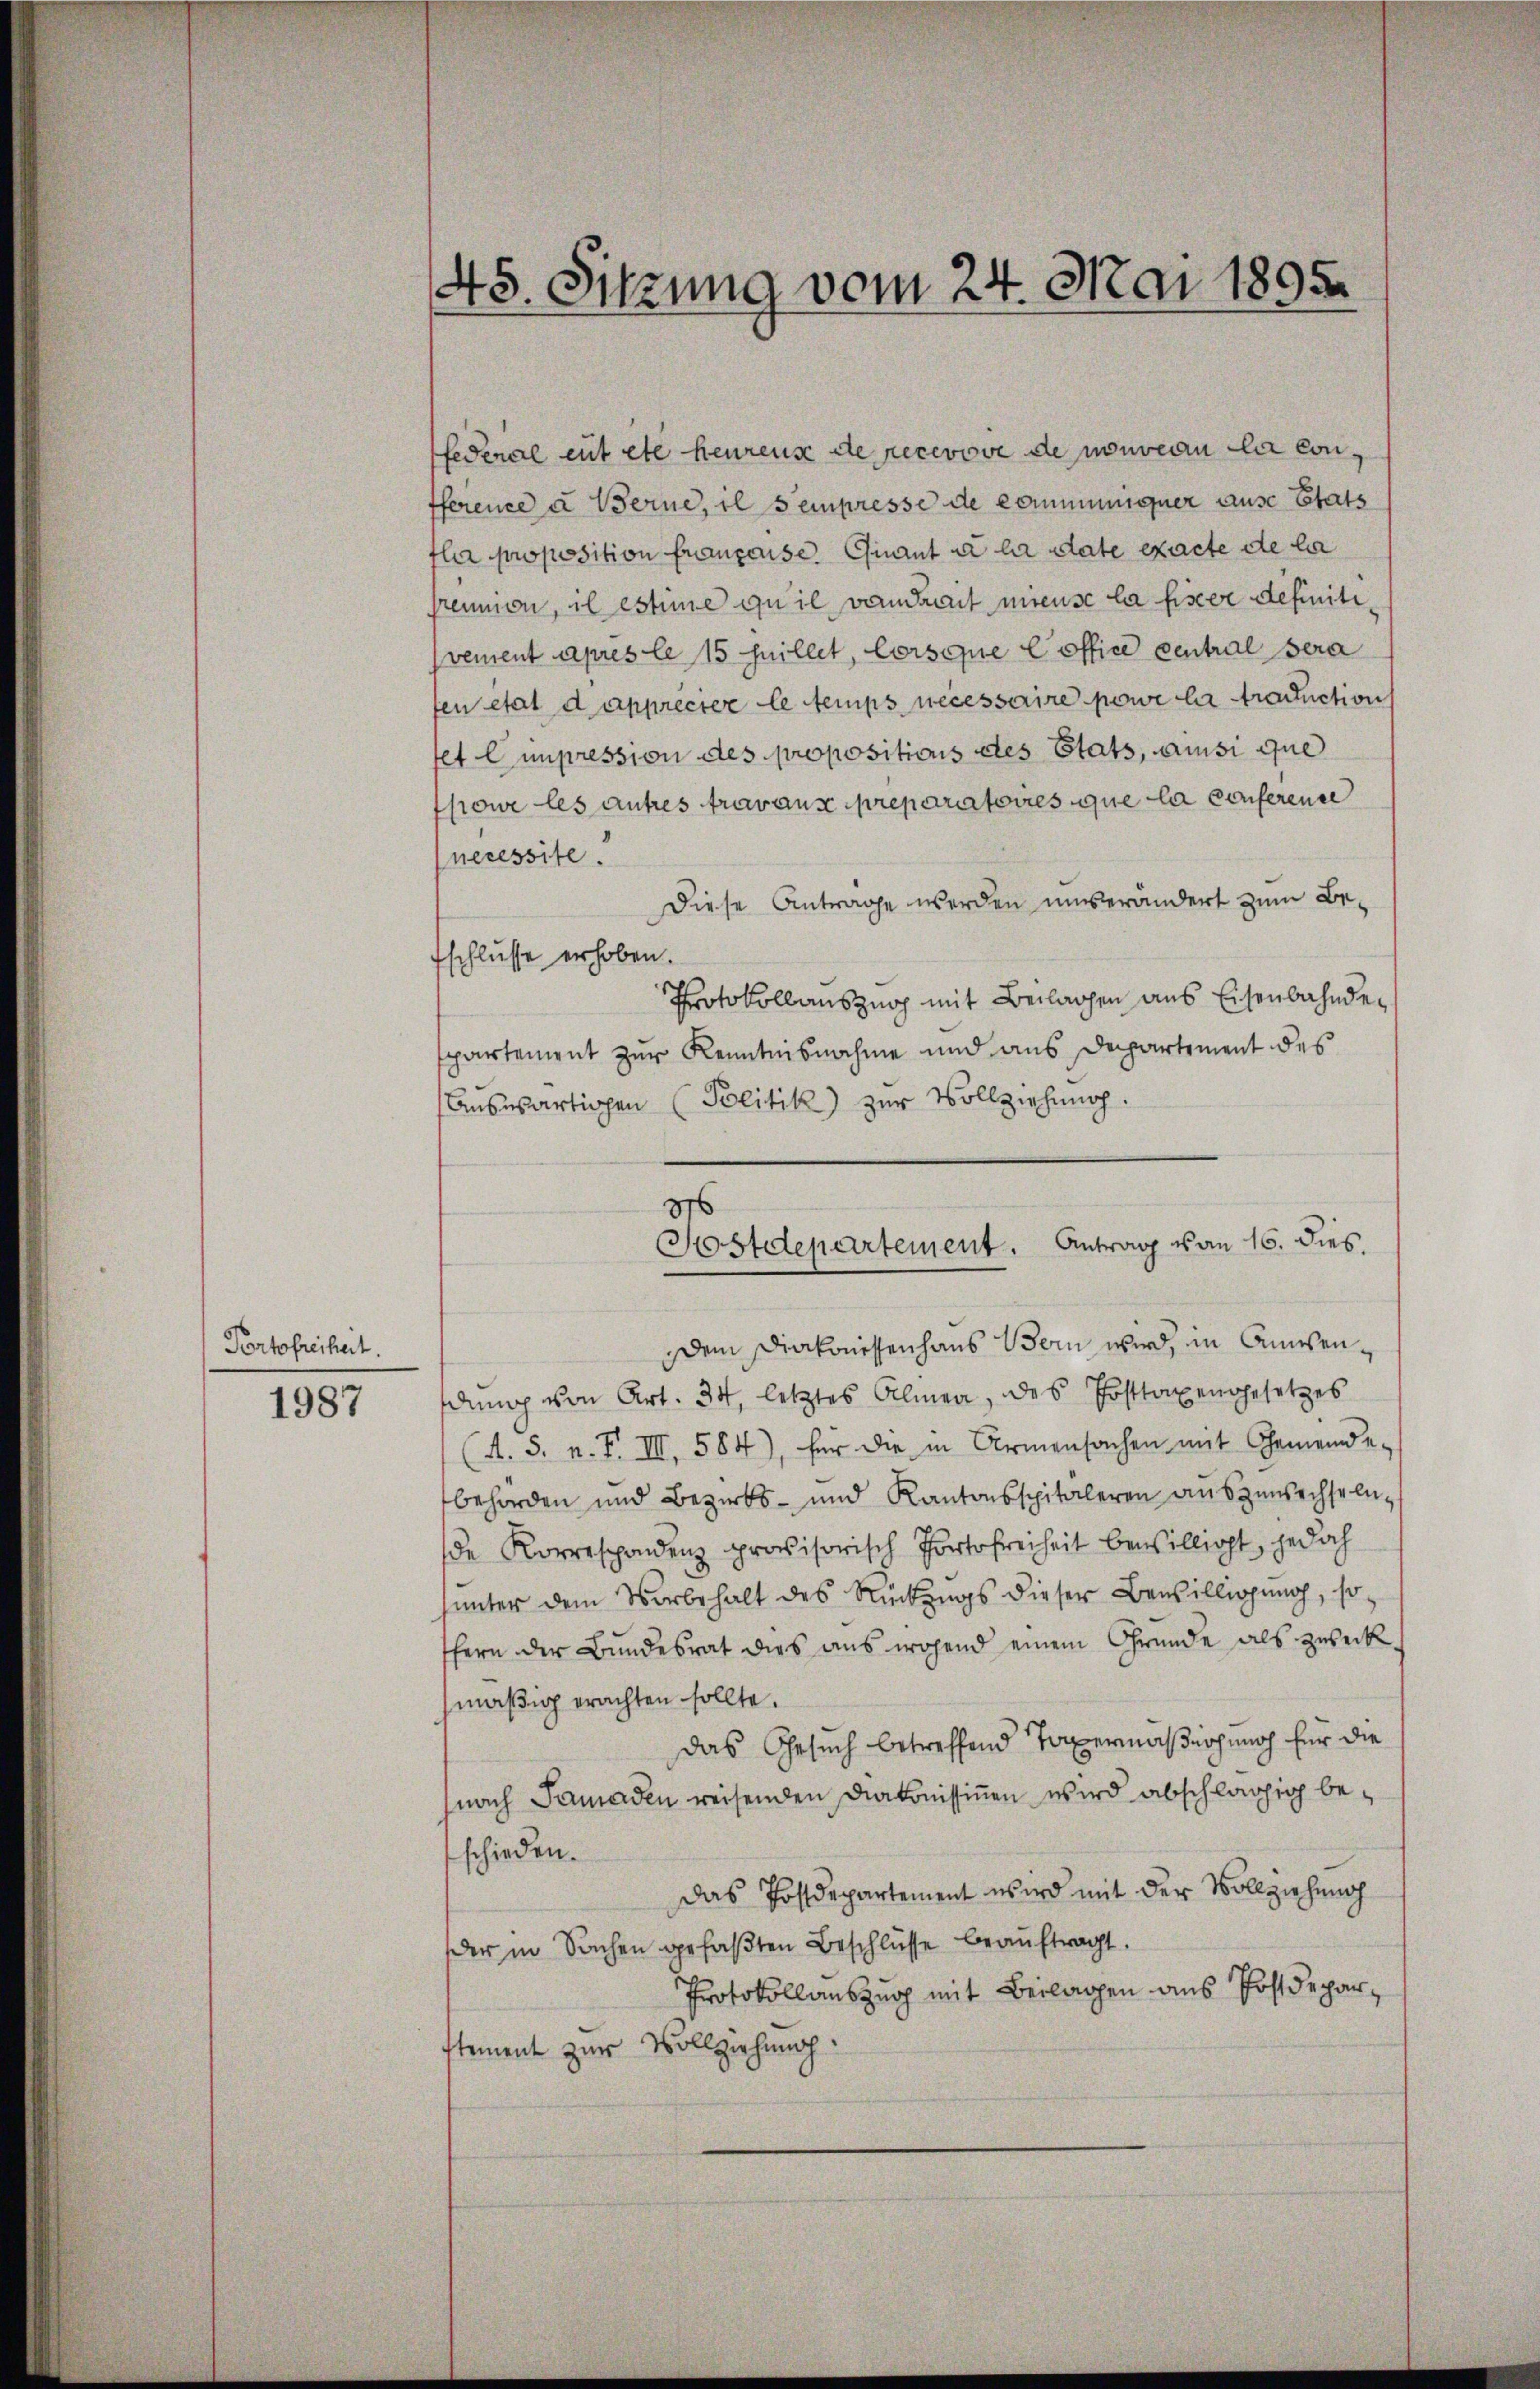
Portofreiheit.

1987

48. Sitzung vom 24. Mai 1895.

federal eitete heurens de recevove de nouveau la conference u Berne, il sempresse de communiquer ause Etats
la proposition française. Quant à la state exacte de la
remmen, il estie qu’il von drait mieuse la fiscere definiti
vement après le 15 huillet, Corsopie office central Sera
en état d’apprécier le temps necessaire pour la traduction
fet C impression des propositions des Etats, ainsi que
powe les autres travaux preparatoires que la conferende
necessite.
Diese Antrage werden unverändert zum Befschlusse erhoben.
Protokollauszug mit Beilagen aus Eisenbahndepartement zur Kenntnisnahme und aus Departement des
Auswärtigen (Politik zur Vollziehung.
dem Diakonissenhaus Bern wird, in Anwendung von Art. 34, letztes Almen, des Posttaxengesetzes
(A. S. n. F. III, 584), für die in Armensachen mit Gemeinde-
behörden und Bezirks- und Kantonsspitäleren auszuwechseln,
de Korrespondenz provisorisch Portofreiheit bewilligt, jedoch
unter dem Vorbehalt des Rückungs dieser Bewilligung, so
ffern der Bundesrat dies aus wohend einem Gründe als zweck
mäßig erachten sollte.
das Gesuch betreffend Taxermaßiohung für die
(nach Samaden reisenden Diakonissinen wird abschlägig beschieden.
Das Postdepartement wird mit der Vollziehung
der in Sachen gefaßten Beschlüsse beauftragt.
Protokollauszug mit Beilagen aus Postdeparstement zur Vollziehung.

8
Sostdepartement. Antrag von 16. dies.